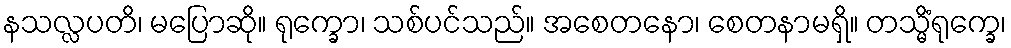
နသလ္လပတိ၊ မပြောဆို။ ရုက္ခော၊ သစ်ပင်သည်။ အစေတနော၊ စေတနာမရှိ။ တသ္မိံရုက္ခေ၊